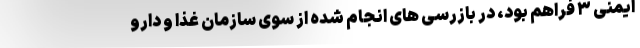
ایمنی ۳ فراهم بود، در بازرسی های انجام شده از سوی سازمان غذا و دارو